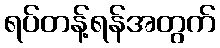
ရပ်တန့်ရန်အတွက်